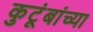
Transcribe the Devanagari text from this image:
कुटूंबांच्या